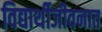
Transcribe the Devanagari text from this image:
विद्यार्थीजीवनात